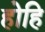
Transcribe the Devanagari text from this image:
होहि